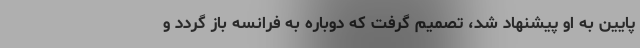
پایین به او پیشنهاد شد، تصمیم گرفت که دوباره به فرانسه باز گردد و